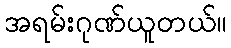
အရမ်းဂုဏ်ယူတယ်။